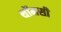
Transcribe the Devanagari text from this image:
थॉमसी